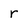
Character: r